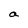
Character: a